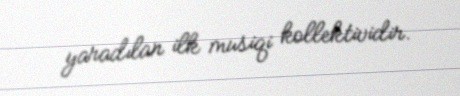
yaradılan ilk musiqi kollektividir.